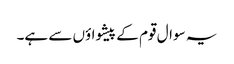
یہ سوال قوم کے پیشواؤں سے ہے۔